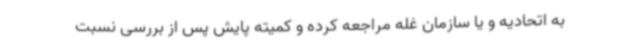
به اتحادیه و یا سازمان غله مراجعه کرده و کمیته پایش پس از بررسی نسبت